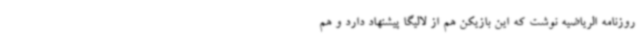
روزنامه الریاضیه نوشت که این بازیکن هم از لالیگا پیشنهاد دارد و هم